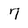
Character: 7